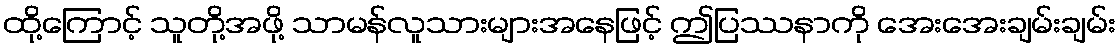
ထို့ကြောင့် သူတို့အဖို့ သာမန်လူသားများအနေဖြင့် ဤပြဿနာကို အေးအေးချမ်းချမ်း